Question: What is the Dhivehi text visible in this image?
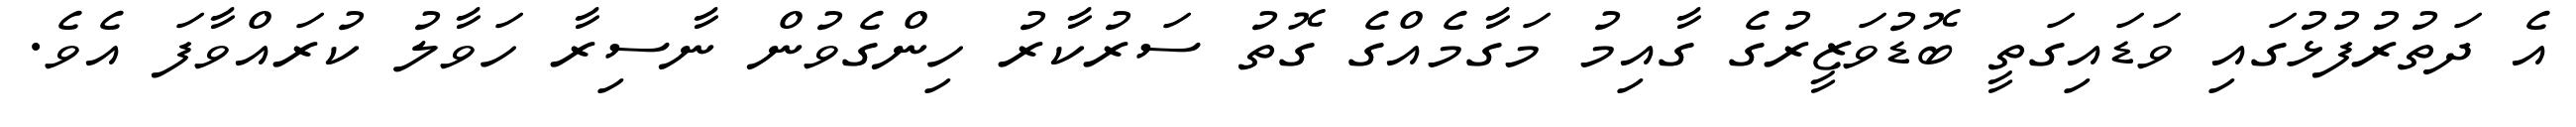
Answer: އެ ދަތުރުފުޅުގައި ވަޑައިގަތީ ބޮޑުވަޒީރުގެ ގާއިމު މަގާމެއްގެ ގޮތު ސަރުކާރު ހިންގެވުން ނާސިރާ ހަވާލު ކުރައްވާފަ އެވެ.